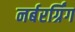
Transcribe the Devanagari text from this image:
नर्बरर्ग्रिंग